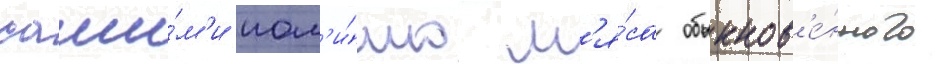
саши́м'и пом'и́мо м'я́са обыкнов'е́нного